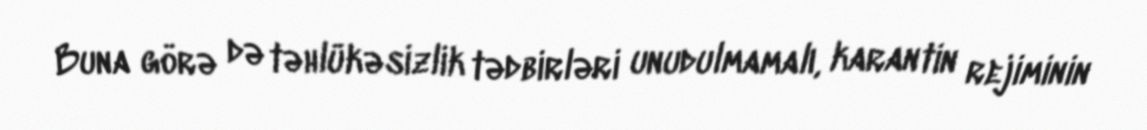
Buna görə də təhlükəsizlik tədbirləri unudulmamalı, karantin rejiminin